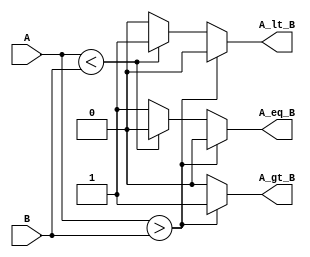
module ParameterizedComparator #(
    parameter WIDTH = 8 // Default width is 8 bits
)(
    input  [WIDTH-1:0] A, // Input A
    input  [WIDTH-1:0] B, // Input B
    output reg A_gt_B,    // Output: A > B
    output reg A_lt_B,    // Output: A < B
    output reg A_eq_B     // Output: A == B
);

// Behavioral implementation of the comparator
always @(*) begin
    // Initialize outputs to zero
    A_gt_B = 0;
    A_lt_B = 0;
    A_eq_B = 0;

    // Compare A and B
    if (A > B) begin
        A_gt_B = 1; // A is greater than B
    end else if (A < B) begin
        A_lt_B = 1; // A is less than B
    end else begin
        A_eq_B = 1; // A is equal to B
    end
end

endmodule